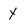
Character: y